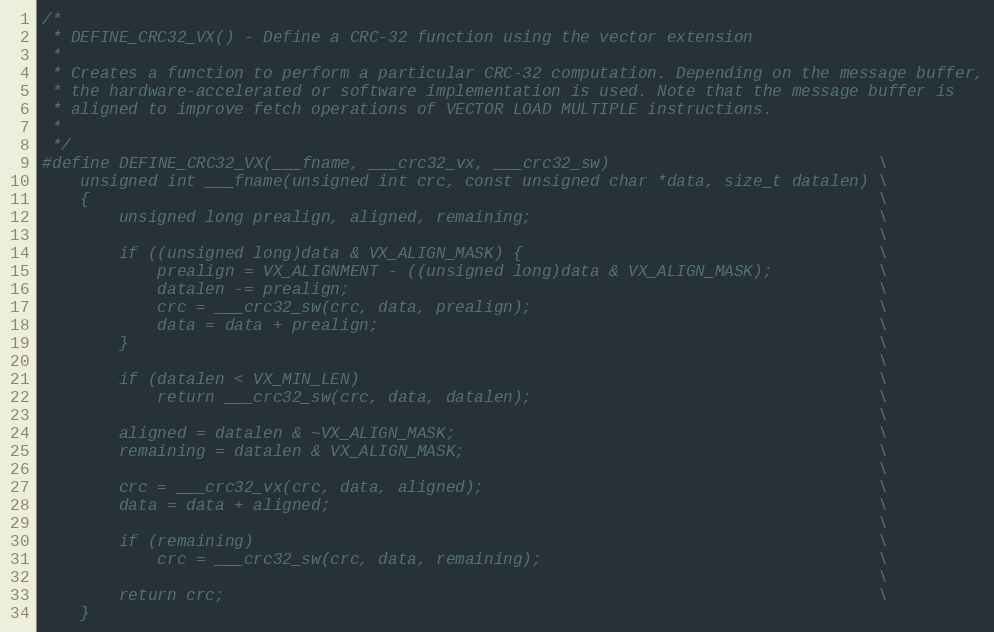
Language: C
/*
 * DEFINE_CRC32_VX() - Define a CRC-32 function using the vector extension
 *
 * Creates a function to perform a particular CRC-32 computation. Depending on the message buffer,
 * the hardware-accelerated or software implementation is used. Note that the message buffer is
 * aligned to improve fetch operations of VECTOR LOAD MULTIPLE instructions.
 *
 */
#define DEFINE_CRC32_VX(___fname, ___crc32_vx, ___crc32_sw)                            \
    unsigned int ___fname(unsigned int crc, const unsigned char *data, size_t datalen) \
    {                                                                                  \
        unsigned long prealign, aligned, remaining;                                    \
                                                                                       \
        if ((unsigned long)data & VX_ALIGN_MASK) {                                     \
            prealign = VX_ALIGNMENT - ((unsigned long)data & VX_ALIGN_MASK);           \
            datalen -= prealign;                                                       \
            crc = ___crc32_sw(crc, data, prealign);                                    \
            data = data + prealign;                                                    \
        }                                                                              \
                                                                                       \
        if (datalen < VX_MIN_LEN)                                                      \
            return ___crc32_sw(crc, data, datalen);                                    \
                                                                                       \
        aligned = datalen & ~VX_ALIGN_MASK;                                            \
        remaining = datalen & VX_ALIGN_MASK;                                           \
                                                                                       \
        crc = ___crc32_vx(crc, data, aligned);                                         \
        data = data + aligned;                                                         \
                                                                                       \
        if (remaining)                                                                 \
            crc = ___crc32_sw(crc, data, remaining);                                   \
                                                                                       \
        return crc;                                                                    \
    }